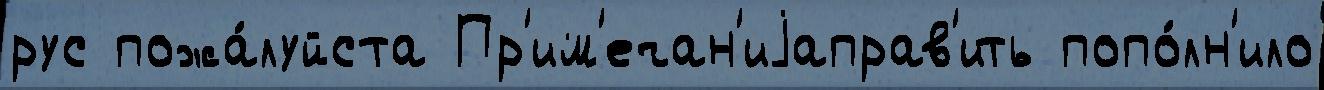
рус пожа́луйста Пр'им'ечан'иjаправ'ить попо́лн'ило